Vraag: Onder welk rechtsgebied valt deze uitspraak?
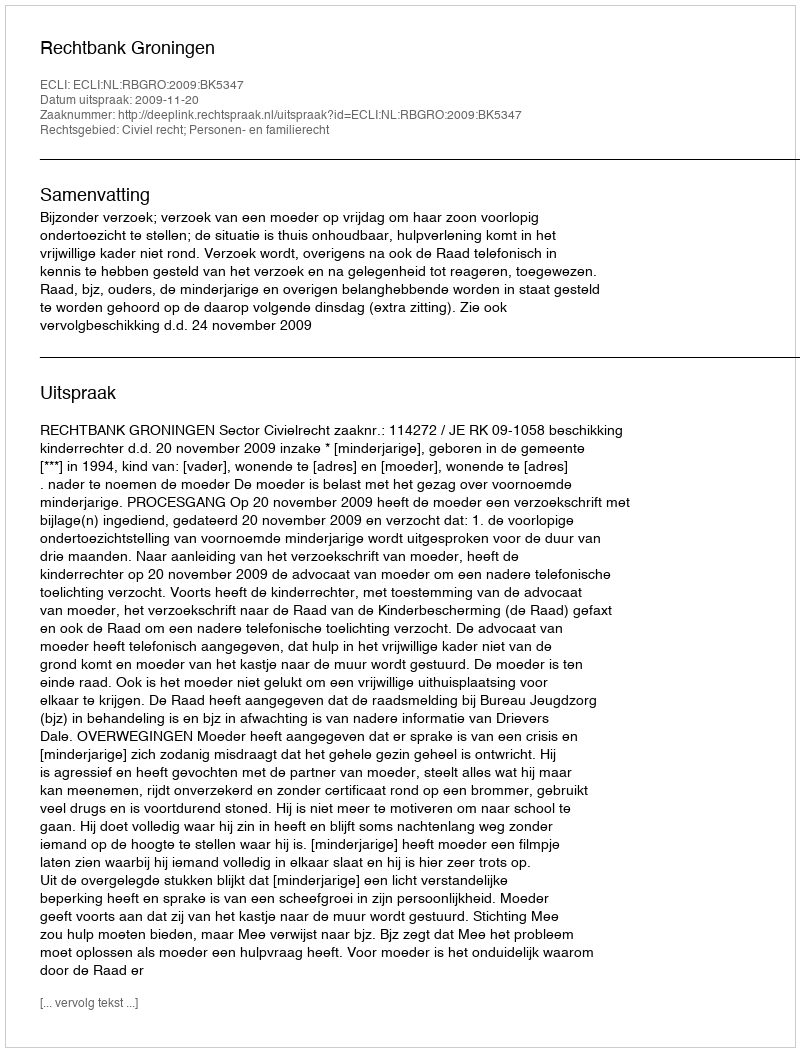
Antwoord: Civiel recht; Personen- en familierecht